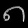
Digit: ၈